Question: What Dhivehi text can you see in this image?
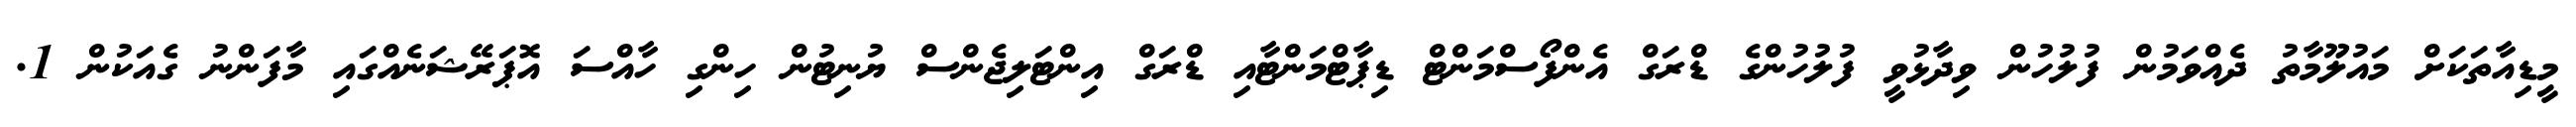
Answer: މީޑިއާތަކަށް މައުލޫމާތު ދެއްވަމުން ފުލުހުން ވިދާޅުވީ ފުލުހުންގެ ޑްރަގް އެންފޯސްމަންޓް ޑިޕާޓްމަންޓާއި ޑްރަގް އިންޓަލިޖެންސް ޔުނިޓުން ހިންގި ހާއްސަ އޮޕަރޭޝަނެއްގައި މާފަންނު ގެއަކުން 1.